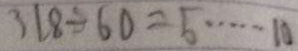
3 1 8 \div 6 0 = 5 \cdots 1 0